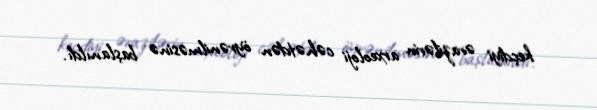
keçdiyi ərazilərin arxeoloji cəhətdən öyrənilməsinə başlanıldı.